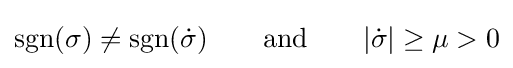
\operatorname {sgn} (\sigma )\neq \operatorname {sgn} ({\dot {\sigma }})\qquad {\text{and}}\qquad |{\dot {\sigma }}|\geq \mu >0